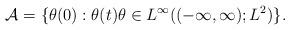
LaTeX: \begin{align*}\mathcal{A} = \{\theta(0): \theta(t) \theta \in L^\infty((-\infty,\infty);L^2)\}.\end{align*}